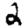
Digit: 2